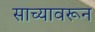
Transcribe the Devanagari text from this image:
साच्यावरून